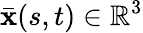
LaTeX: \mathbf{\bar{x}}(s,t)\in\mathbb{R}^{3}